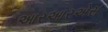
આરઆરએસ